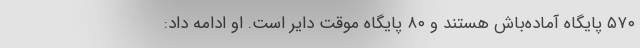
۵۷۰ پایگاه آماده‌باش هستند و ۸۰ پایگاه موقت دایر است. او ادامه داد: